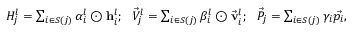
\begin{array} { r } { H _ { j } ^ { l } = \sum _ { i \in S ( j ) } \alpha _ { i } ^ { l } \odot \mathbf { h } _ { i } ^ { l } ; \ \ \vec { V } _ { j } ^ { l } = \sum _ { i \in S ( j ) } \beta _ { i } ^ { l } \odot \vec { \mathbf { v } } _ { i } ^ { l } ; \ \ \vec { P } _ { j } = \sum _ { i \in S ( j ) } \gamma _ { i } \vec { p _ { i } } , } \end{array}